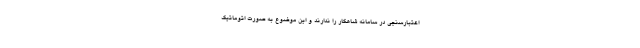
اعتبارسنجی در سامانه شاهکار را ندارند و این موضوع به صورت اتوماتیک